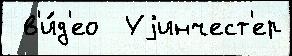
 в'и́д'ео  Уjинчест'ер